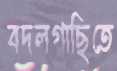
বদলগাছিতে